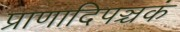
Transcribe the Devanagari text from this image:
प्राणादिपञ्चकं